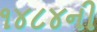
૧૪૮૪ની